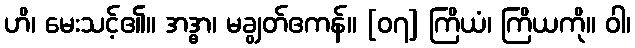
ဟိ၊ မေးသင့်၏။ အဒ္ဓာ၊ မချွတ်ဧကန်။ [၀၇] ကြိယံ၊ ကြိယကို။ ဝါ၊